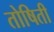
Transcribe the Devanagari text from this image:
तोषिती